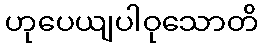
ဟုပေယျပါဝုသောတိ